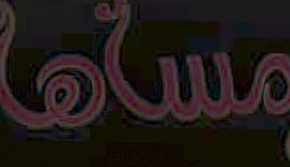
مساها